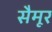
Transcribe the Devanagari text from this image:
सैमूर